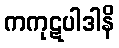
ကကုဋပါဒါနိ